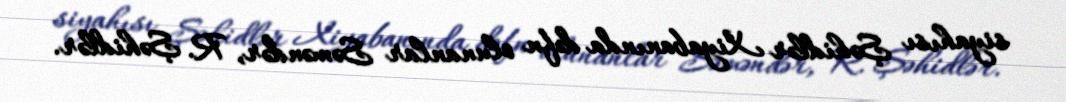
siyahısı Şəhidlər Xiyabanında dəfn olunanlar Səməndər, R. Şəhidlər.